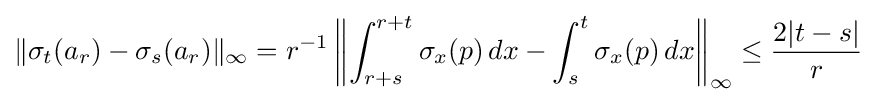
\|\sigma _{t}(a_{r})-\sigma _{s}(a_{r})\|_{\infty }=r^{-1}\left\|\int _{r+s}^{r+t}\sigma _{x}(p)\,dx-\int _{s}^{t}\sigma _{x}(p)\,dx\right\|_{\infty }\leq {2|t-s| \over r}